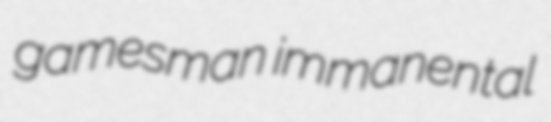
gamesman immanental